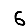
Digit: 6